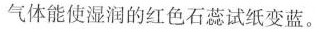
气体能使湿润的红色石蕊试纸变蓝。